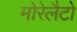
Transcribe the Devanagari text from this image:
मोरेलैटो